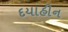
દયાહીન